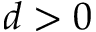
d > 0